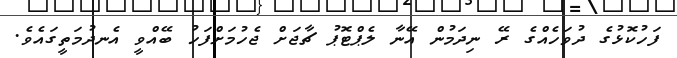
ފަހުކޮޅުގެ ދުވަހެއްގެ ރޭ ނިދަމުން އޭނާ ލެޕްޓޮޕު ޗާޖަށް ޖެހުމަށްފަހު ބޭއްވީ އެނދުމަތީގައެވެ.